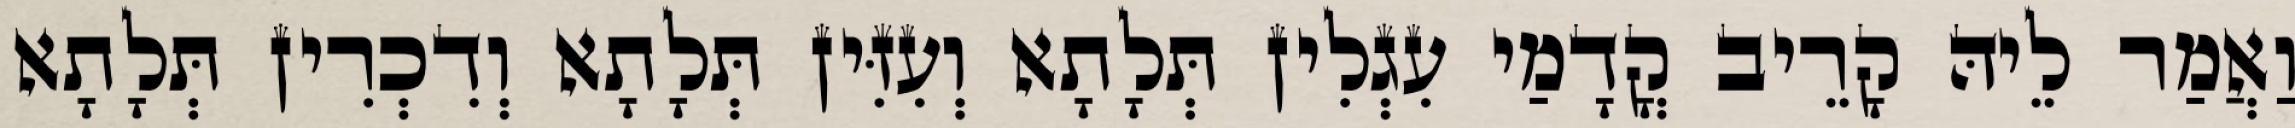
וַאֲמַר לֵיהּ קָרֵיב קֳדָמַי עִגְלִין תְּלָתָא וְעִזִּין תְּלָתָא וְדִכְרִין תְּלָתָא